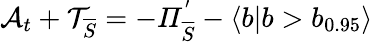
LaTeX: \mathcal{A}_{t}+\mathcal{T}_{\overline{{S}}}=-\mathit{\Pi}_{\overline{{S}}}^{'}-\langle b|b>b_{0.95}\rangle